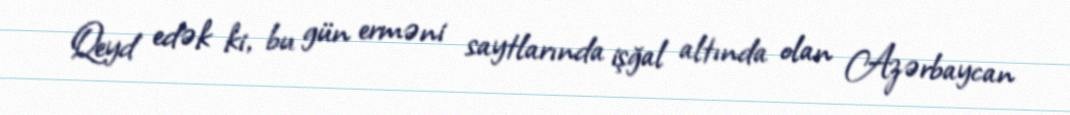
Qeyd edək ki, bu gün erməni saytlarında işğal altında olan Azərbaycan